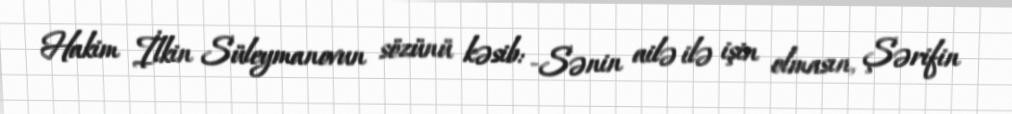
Hakim İlkin Süleymanovun sözünü kəsib: -Sənin ailə ilə işin olmasın, Şərifin